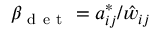
\beta _ { \mathrm { ~ d ~ e ~ t ~ } } = a _ { i j } ^ { * } / \hat { w } _ { i j }